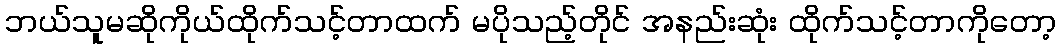
ဘယ်သူမဆိုကိုယ်ထိုက်သင့်တာထက် မပိုသည့်တိုင် အနည်းဆုံး ထိုက်သင့်တာကိုတော့